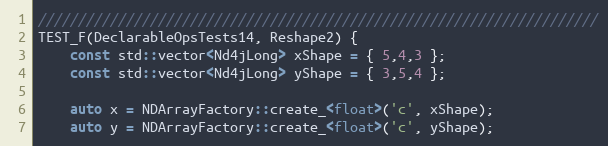
Language: C++
//////////////////////////////////////////////////////////////////////
TEST_F(DeclarableOpsTests14, Reshape2) {
    const std::vector<Nd4jLong> xShape = { 5,4,3 };
    const std::vector<Nd4jLong> yShape = { 3,5,4 };

    auto x = NDArrayFactory::create_<float>('c', xShape);
    auto y = NDArrayFactory::create_<float>('c', yShape);